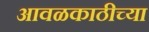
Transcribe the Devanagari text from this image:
आवळकाठीच्या